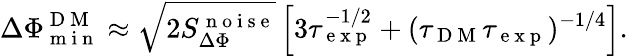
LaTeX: \Delta\Phi_{\mathrm{~m~i~n~}}^{\mathrm{~D~M~}}\approx\sqrt{2S_{\Delta\Phi}^{\mathrm{~n~o~i~s~e~}}}\left[3\tau_{\mathrm{~e~x~p~}}^{-1/2}+(\tau_{\mathrm{~D~M~}}\tau_{\mathrm{~e~x~p~}})^{-1/4}\right].